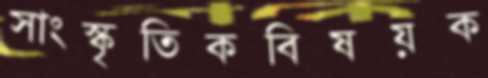
সাংস্কৃতিকবিষয়ক